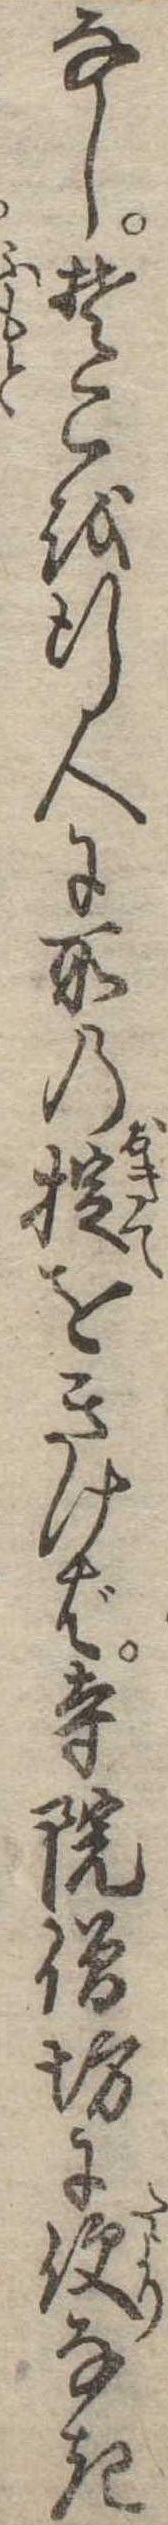
なしそこを行人に所の掟をきけば寺院僧坊に便なき